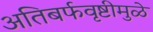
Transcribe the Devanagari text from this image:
अतिबर्फवृष्टीमुळे